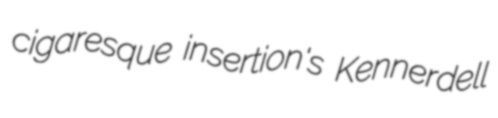
cigaresque insertion's Kennerdell